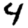
Digit: 4